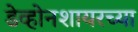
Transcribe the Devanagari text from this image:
डेव्होनशायरच्या